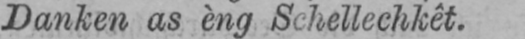
Danken as èng Schellechkêt.